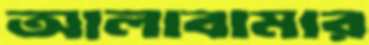
আলাবামার